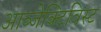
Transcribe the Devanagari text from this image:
आब्जेक्टिविस्ट